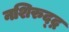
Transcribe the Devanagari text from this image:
नशिरुद्द्न